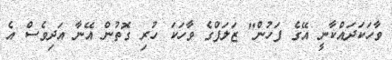
ވާހަކަދައްކާނީ އޭގެ ފަހުން" ޒަލަފްގެ ވާހަކަ ހުރި ގޮތުން އޭނާ އަދިވެސް އެ